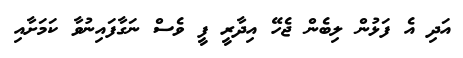
އަދި އެ ފަޅުން ލިބެން ޖެހޭ އިދާރީ ފީ ވެސް ނަގާފައިނުވާ ކަމަށާއި